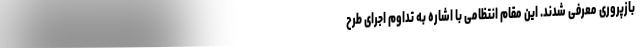
بازپروری معرفی شدند. این مقام انتظامی با اشاره به تداوم اجرای طرح